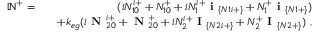
\begin{array} { r l r } { \mathbb { N } ^ { + } = } & { } & { ( i N _ { 1 0 } ^ { i + } + N _ { 1 0 } ^ { + } + i N _ { 1 } ^ { i + } \textbf { i } _ { \{ N 1 i + \} } + N _ { 1 } ^ { + } \textbf { i } _ { \{ N 1 + \} } ) } \\ & { } & { + k _ { e g } ( i \textbf { N } _ { 2 0 } ^ { i + } + \textbf { N } _ { 2 0 } ^ { + } + i N _ { 2 } ^ { i + } \textbf { I } _ { \{ N 2 i + \} } + N _ { 2 } ^ { + } \textbf { I } _ { \{ N 2 + \} } ) ~ , } \end{array}